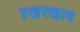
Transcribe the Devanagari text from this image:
ऱखरखाव